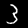
Digit: 3